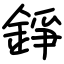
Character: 錚